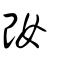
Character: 妀